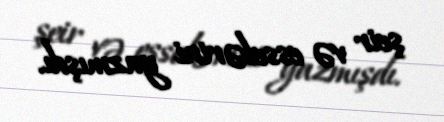
şeir və esselərini yazmışdı.